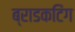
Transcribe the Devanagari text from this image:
ब्राडकटिंग